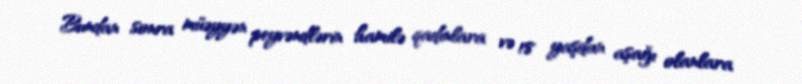
Bundan sonra müəyyən peyvəndlərin hamilə qadınlara və 18 yaşdan aşağı olanlara